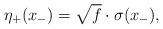
LaTeX: \begin{align*}{\eta}_{+}(x_{-}) = \sqrt{f} \cdot \sigma(x_{-}),\end{align*}